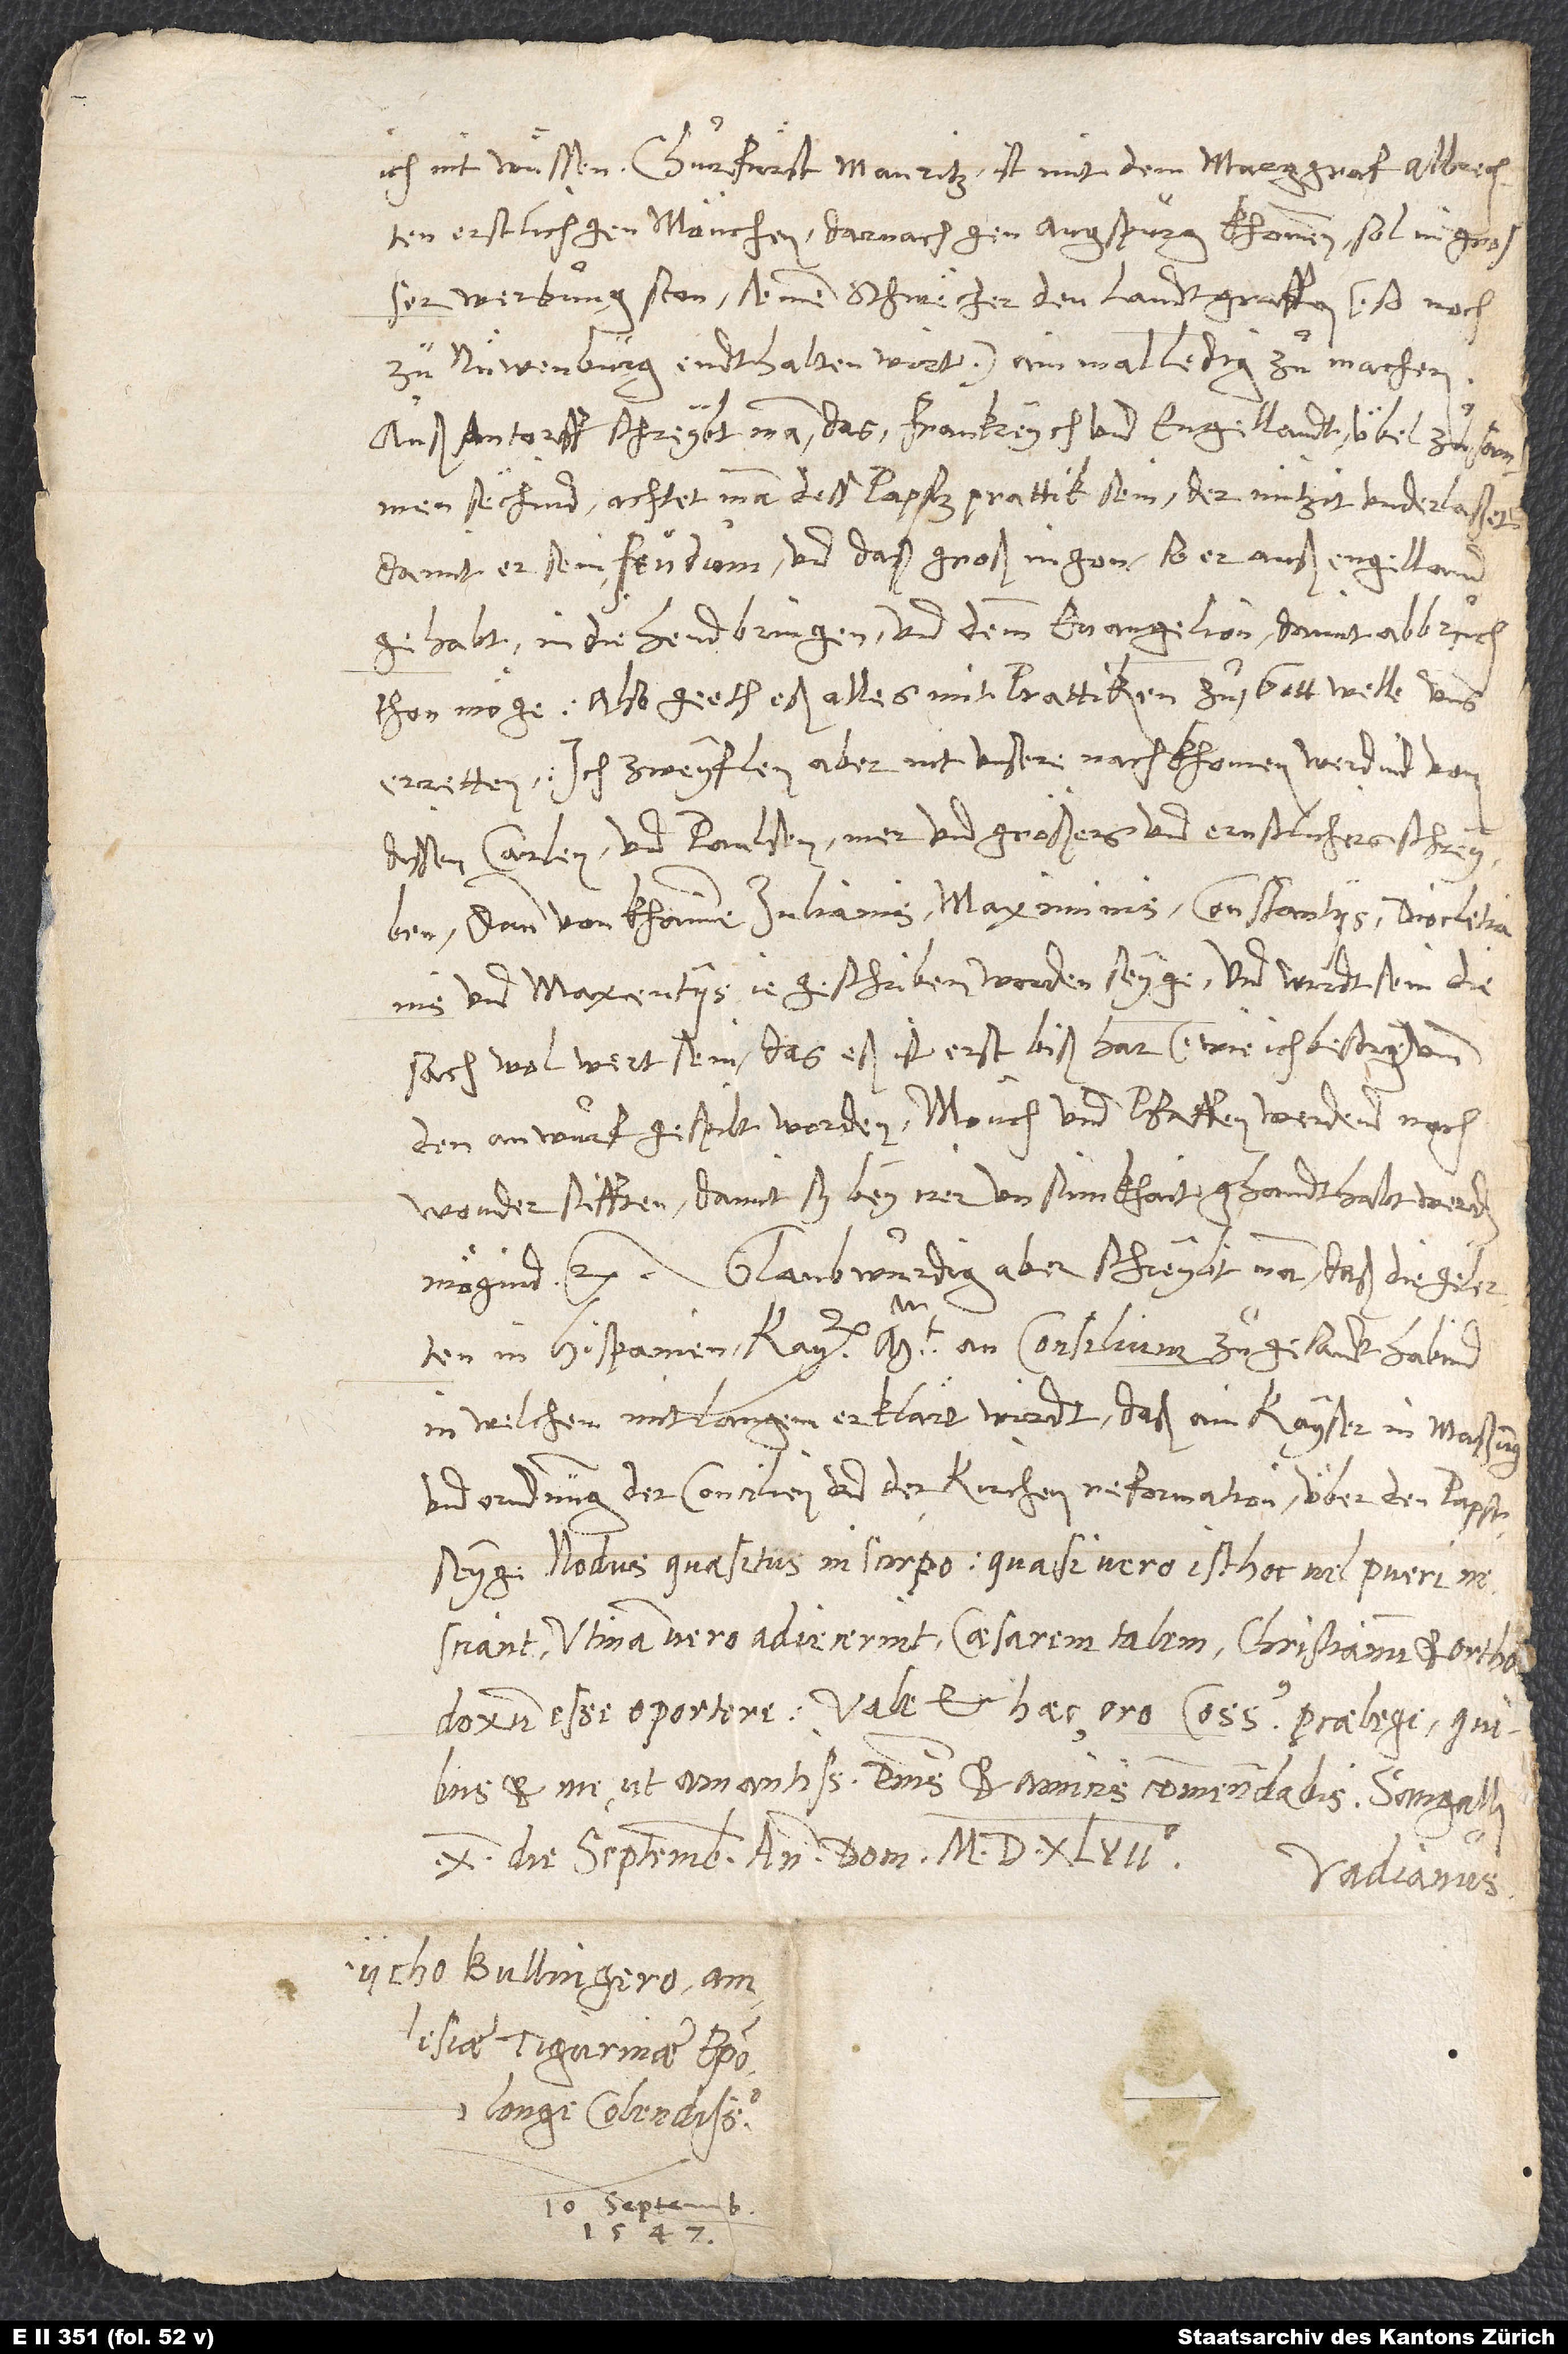
erstlich gen Mönchen, darnach gen Augspurg khommen. Sol in grosser
werbung ston, seinen schwecher, den landtgraffen (so noch
zuͦ Nüwenburg endthalten wirt), ainmal ledig zuͦ machen.
Auß Antorff schreybt man, das Frankreych und Engellandt übel zuͦsammen
sechind. Achtet man dess papstz prattik sein, der nützit underlaßet,
damit er sein feudum und daß groß ingon, so er auß Engelland
gehabt, in die hend bringen und demm evangelion damit abbruͦch
thon möge. Also geeth eß alles mit prattiken zuͦ. Gott welle uns
erretten. Ich zweyflen aber nit, unsere nachkhomen werdind von
dissen Carlen und Paulsen mer und größers und ernstlichers schreyben,
dann von khainen Iulianis, Maximinis, Constantiis, Diocletianis
und Maxentiis ie geschriben worden seyge. Und wirdt sein die
sach wol wert sein, das eß ist erst bißhar (wie ich besorg) umb
den anwurf gespilt worden. Mönch und pfaffen werdend noch
wonder stifften, damit sy bey irer unsünnkhait ghandthabt werden
Glaubwurdig aber schreybt man, daß die gelerten
in Hispanien kayt an consilium zuͦgesandt habind,
in welchem mit langem erklärt wirdt, daß ain kayser in maßung
und ordnung der concilien und der kirchenreformation über den papst
seygi. Nodus quaesitus in scirpo, quasi vero isthoc vel pueri
nesciant! Utinam vero adiecerint, caesarem talem Christianum et orthodoxum
et me ut amantissimis dominis et amicis commendabis. Sangalli,
10. die septembris anno domini 1547.
Vadianus.
Bullingere, dann
longe colendissimo.